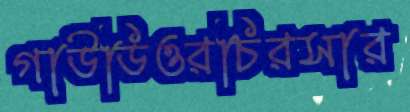
গাউডিওরচিরসার